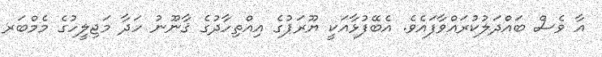
އާ ވެސް ބައްދަލުކުރައްވާފައެވެ. އެބޭފުޅާއަކީ ޔޫރަޕުގެ އިއްތިހާދުގެ ޤާނޫނު ހަދާ މަޖިލީހުގެ މެމްބަރ